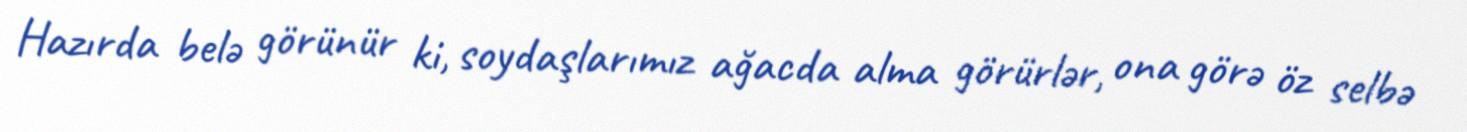
Hazırda belə görünür ki, soydaşlarımız ağacda alma görürlər, ona görə öz selbə